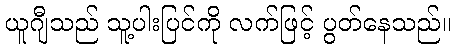
ယူဂျီသည် သူ့ပါးပြင်ကို လက်ဖြင့် ပွတ်နေသည်။